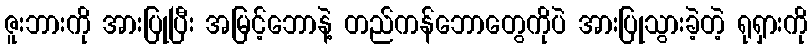
ဇူးဘားကို အားပြုပြီး အမြင့်ဘောနဲ့ တည်ကန်ဘောတွေကိုပဲ အားပြုသွားခဲ့တဲ့ ရုရှားကို